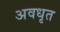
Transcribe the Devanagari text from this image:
अवधृत